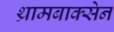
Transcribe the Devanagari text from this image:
थ्रामबाक्सेन